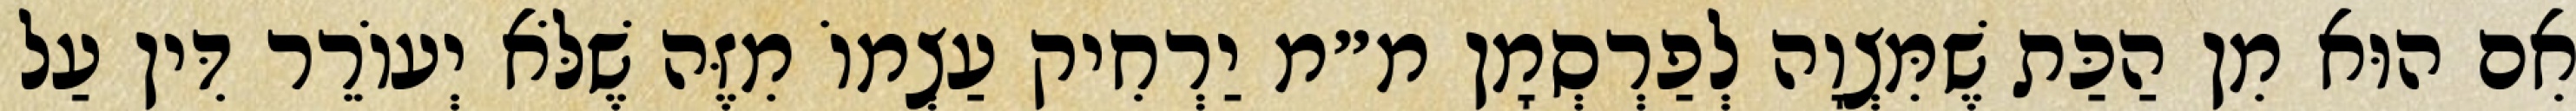
אִם הוּא מִן הַכַּת שֶׁמִּצְוָה לְפַרְסְמָן מ״מ יַרְחִיק עַצְמוֹ מִזֶּה שֶׁלֹּא יְעוֹרֵר דִּין עַל